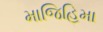
માજિહિમા